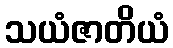
သယံဇာတိယံ